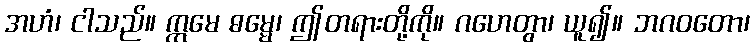
အဟံ၊ ငါသည်။ ဣမေ ဓမ္မေ၊ ဤတရားတို့ကို။ ဂဟေတွာ၊ ယူ၍။ ဘဂဝတော၊